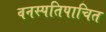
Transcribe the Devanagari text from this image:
वनस्पतिपाचित